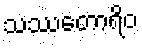
သဿတောရိဝ